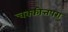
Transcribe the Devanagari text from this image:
चक्कीत्तपरा